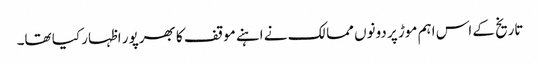
تاریخ کے اس اہم موڑ پر دونوں ممالک نے اہنے موقف کا بھرپور اظہار کیا تھا۔